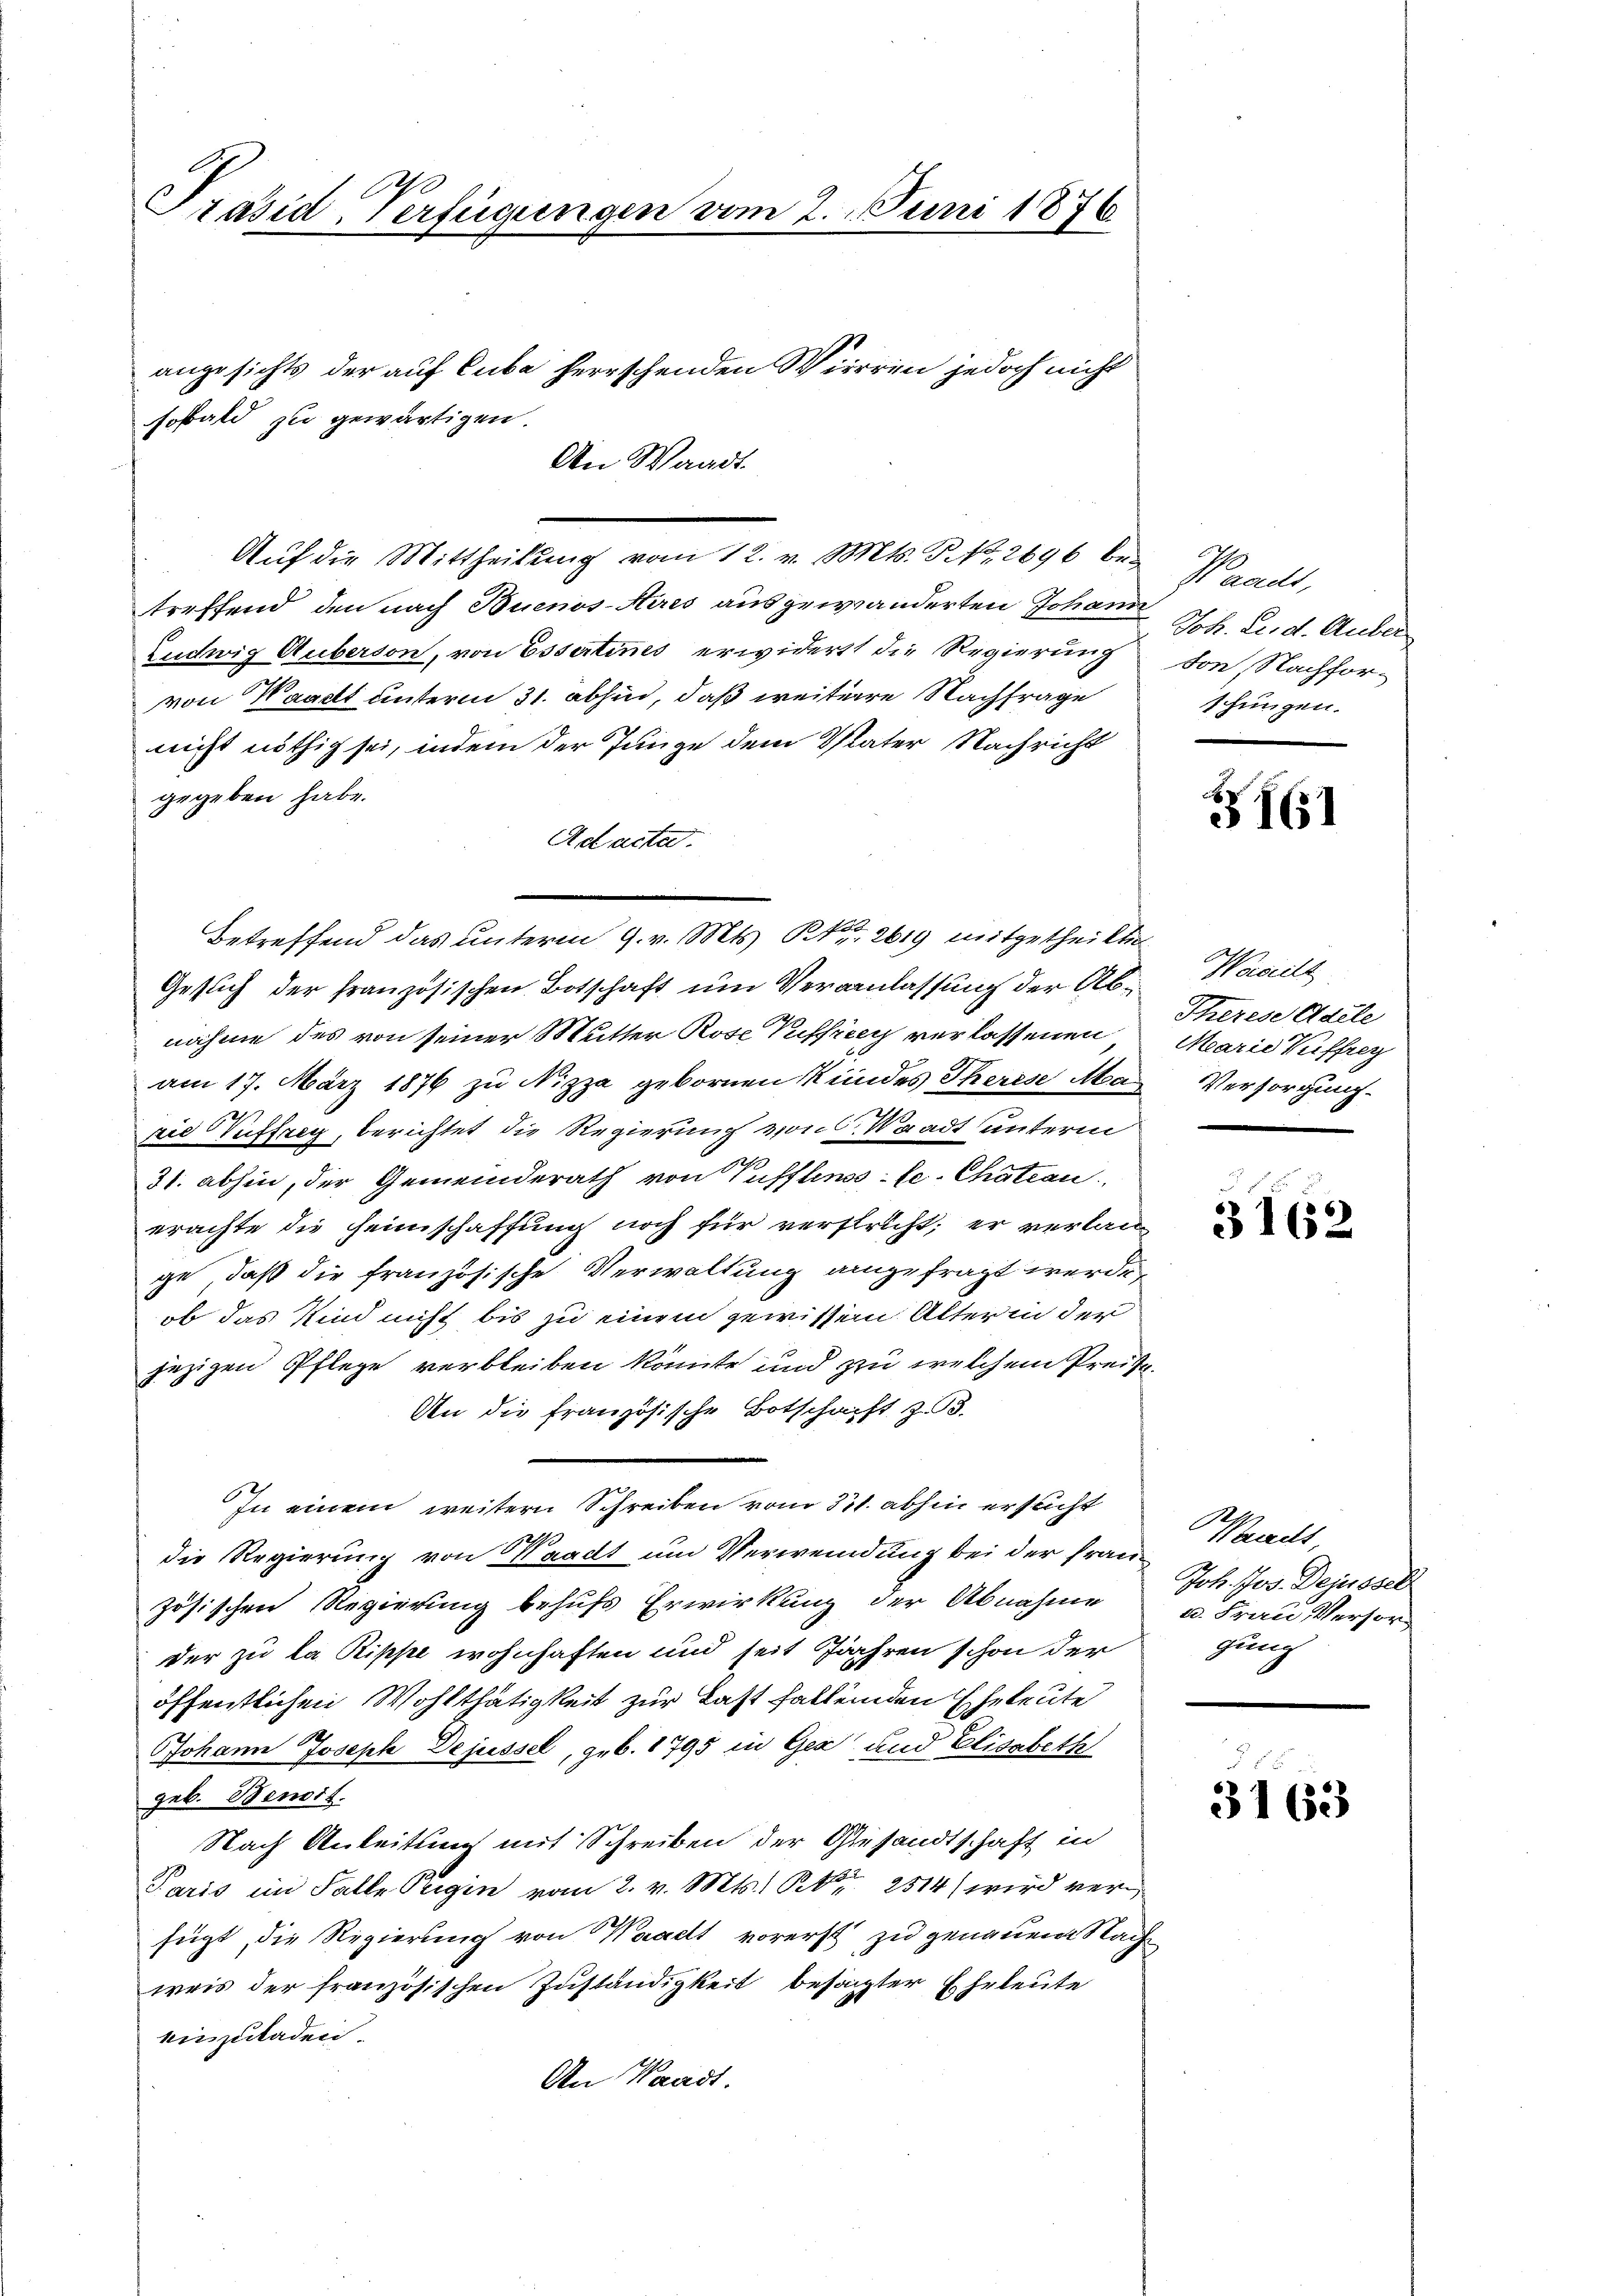
Präsid-Verfügungen vom 2. Juni 1876

angesichts der auf Cube herrschenden Wierren jedoch nicht
sobald zu gewärtigen.
An Waadt.

treffend, den nach Buenos-Aires ausgewänderten Johann
Ludwig Auberson, von Essertines erwidert die Regierung von Nachforvon Waadt unterm 31. abhin, daß weitere Nachfrage
nicht nöthig sei, indem der Junge dem Vater Nachricht
gegeben habe.
Ad acta.
Gesuch der französischen Botschaft um Veranlassung der Abnahme des von seiner Mutter Rose Puffici verlassenen
am 17. März 1876 zu Nizza gebornen Kindes Therese Ma
zie Tuttaeg, berichtet die Regierung von Waadt unterm
31. abhin, der Gemeinderath von Pufflinsste. Chatian
erachte die Heimschaffung noch für verstricht; er verlange, daß die französische Verwaltung angefragt werde,
ob das Kind nicht bis zu einem gewissem Alter in der
jezigen Pflege verbleiben könnte und zu welchem Preis¬
An die französische Botschaft z. B.
In einem weitern Schreiben vom 31. abhin ersucht

die Regierung von Waadt um Verwendung bei der Frauzösischen Regierung behufs Erwirkung der Abnahme
der zu la Rippe wohnhaften und seit Jahren schon der
öffentlichen Wohlthätigkeit zur Last fallenden Eheleute
JJohann Joseph Wejüssel, geb. 1795 in Gez und Elisabeth
geb. Benoit.
Nach Anleitung mit Schreiben der Gesandtschaft in
Paris im Falle Origin vom 2. v. Mts. Bd. 2514) wird verfügt, die Regierung von Waadt vorerst zu genauen Nach
weis der französischen Zuständigkeit besagter Eheleute
einzuladen.
An Waadt.

Aŭf die Mittheilŭng vom 12. v. Mts. S. 2696 be-

Betreffend das unterm 9. v. Mts. S. 2619 mitgetheilte

Waadt,
Joh. Les d. Auber
schungen.

161

Woisell
Therese Adele
Marie Kuffrey
Versorgung.

3162

Waadt
Joh. Jos. Dejussel
a. Frau Versorgung

3163